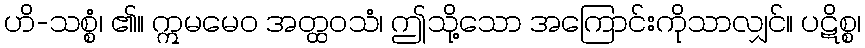
ဟိ-သစ္စံ၊ ၏။ ဣမမေဝ အတ္ထဝသံ၊ ဤသို့သော အကြောင်းကိုသာလျှင်။ ပဋိစ္စ၊